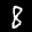
Label: 8